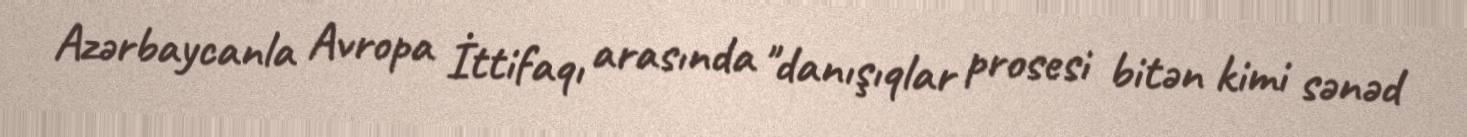
Azərbaycanla Avropa İttifaqı arasında "danışıqlar prosesi bitən kimi sənəd